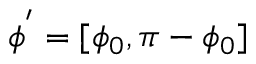
\phi ^ { ' } = [ \phi _ { 0 } , \pi - \phi _ { 0 } ]